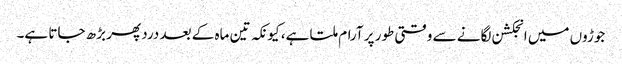
جوڑوں میں انجکشن لگانے سے وقتی طور پر آرام ملتا ہے، کیونکہ تین ماہ کے بعد درد پھر بڑھ جاتا ہے۔